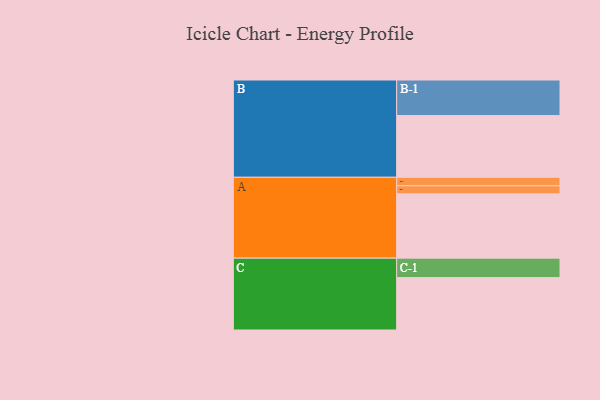
{"axis": {"x": "Segment", "y": "Value"}, "legend": ["", "A", "B", "C"], "data": [{"x": "A", "y": 508, "type": ""}, {"x": "B", "y": 488, "type": ""}, {"x": "C", "y": 414, "type": ""}, {"x": "A-1", "y": 64, "type": "A"}, {"x": "A-2", "y": 67, "type": "A"}, {"x": "B-1", "y": 281, "type": "B"}, {"x": "C-1", "y": 154, "type": "C"}]}